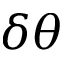
\delta \theta